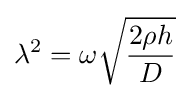
\lambda ^{2}=\omega {\sqrt {\frac {2\rho h}{D}}}